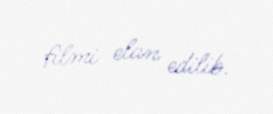
filmi elan edilib.